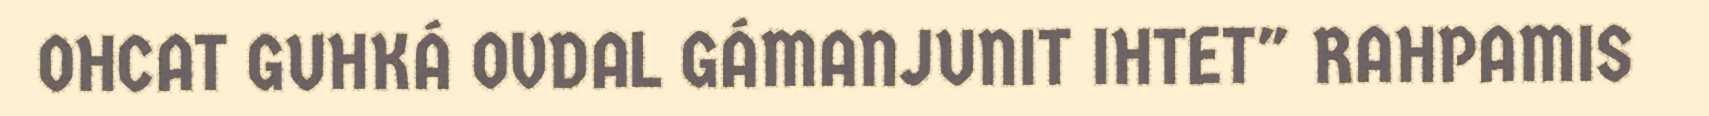
OHCAT GUHKÁ OVDAL GÁMANJUNIT IHTET" RAHPAMIS